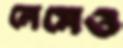
নেমেও